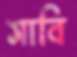
সাবি